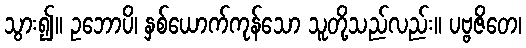
သွား၍။ ဥဘောပိ၊ နှစ်ယောက်ကုန်သော သူတို့သည်လည်း။ ပဗ္ဗဇိတေ၊